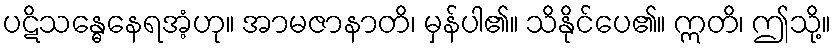
ပဋိသန္ဓေနေရအံ့ဟု။ အာမဇာနာတိ၊ မှန်ပါ၏။ သိနိုင်ပေ၏။ ဣတိ၊ ဤသို့။